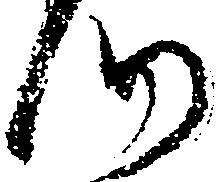
つ